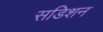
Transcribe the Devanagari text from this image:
सडिशन